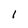
Character: 1